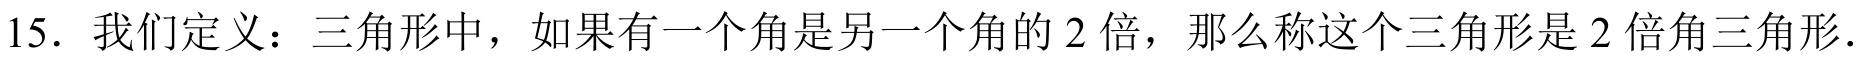
15. 我们定义：三角形中，如果有一个角是另一个角的 \(2\) 倍，那么称这个三角形是 \(2\) 倍角三角形.